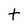
Character: t